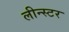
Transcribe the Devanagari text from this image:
लीन्स्टर